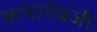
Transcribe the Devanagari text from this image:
कपाऐवजी